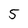
Character: 5